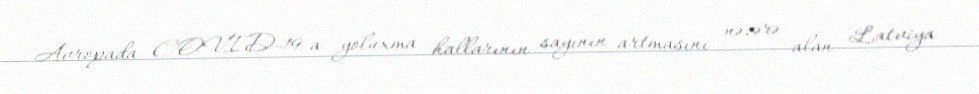
Avropada COVID-19-a yoluxma hallarının sayının artmasını nəzərə alan Latviya